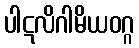
ပါဋလိဂါမိယဝဂ္ဂ